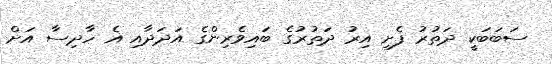
ސަބަބަކީ ދަތުރު ފެށި އިރު ދަތުރުގެ ބައިވެރިންގެ އަދަދާއި އެ ހާދިސާ އަށް